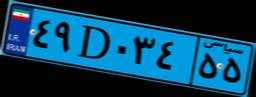
۲۶D۱۷۴۵۹